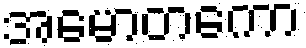
အမောတကော